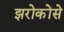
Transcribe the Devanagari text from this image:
झरोकोंसे